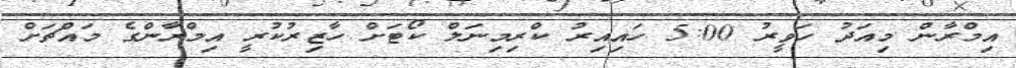
އިމްރާން މިއަދު ހަވީރު 5:00 ހައިއިރު ކްރިމިނަލް ކޯޓަށް ހާޒިރުކުރީ އިމްރާންގެ މައްޗަށް